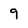
Character: 9